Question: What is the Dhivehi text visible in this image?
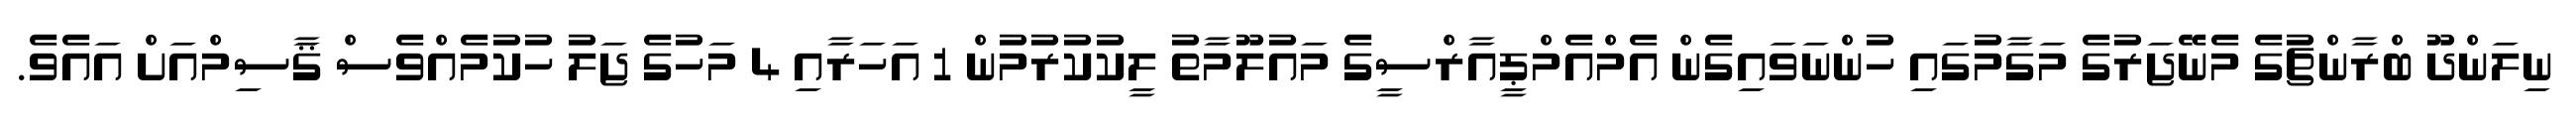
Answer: ނިލަންދޫ ބްރާންޗުގެ މެނޭޖަރުގެ މަގާމުގައި ހުންނަވައިގެން އެމްއެމްޕީއާރްސީގެ މައުލޫމާތު ލީކުކުރުމުން 1 އަހަރާއި 4 މަހުގެ ޖަލު ހުކުމެއްވެސް ޤާސިމްއަށް އައެވެ.